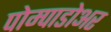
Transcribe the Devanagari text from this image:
पोम्पाडोअर